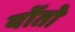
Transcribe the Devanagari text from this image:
योंतो